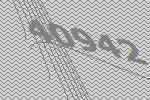
40942